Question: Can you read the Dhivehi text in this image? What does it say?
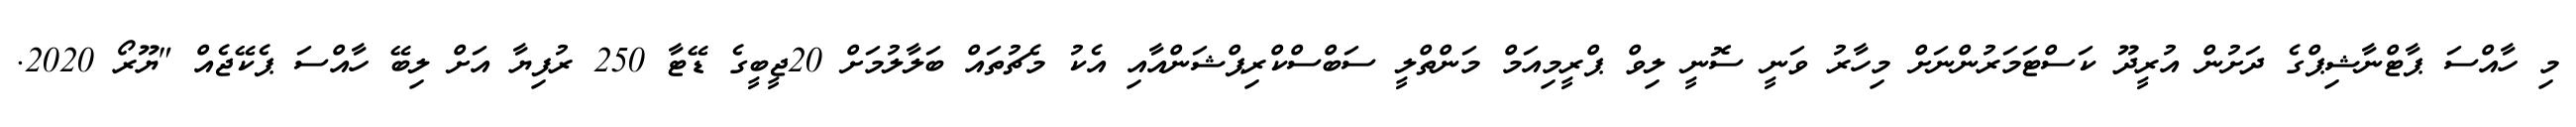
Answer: މި ހާއްސަ ޕާޓްނާޝިޕްގެ ދަށުން އުރީދޫ ކަސްޓަމަރުންނަށް މިހާރު ވަނީ ސޮނީ ލިވް ޕްރީމިއަމް މަންތްލީ ސަބްސްކްރިޕްޝަންއާއި އެކު މެޗުތައް ބަލާލުމަށް 20ޖީބީގެ ޑޭޓާ 250 ރުފިޔާ އަށް ލިބޭ ހާއްސަ ޕެކޭޖެއް "ޔޫރޯ 2020.